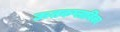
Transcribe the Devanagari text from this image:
ऊतकप्लाविका